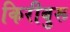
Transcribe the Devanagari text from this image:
किरीबुरू